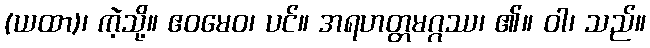
(ယထာ)၊ ကဲ့သို့။ ဧဝမေဝ၊ ပင်။ အရဟတ္တမဂ္ဂဿ၊ ၏။ ဝါ၊ သည်။